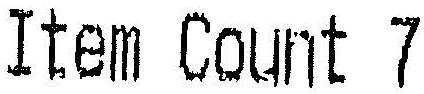
ITEM COUNT 7